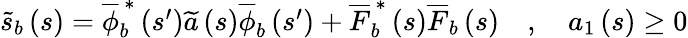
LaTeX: \begin{array}{r}{\widetilde{s}_{b}\left(s\right)=\overline{{\phi}}_{b}^{\, \ast}\left(s^{\prime}\right)\widetilde{a}\left(s\right)\overline{{\phi}}_{b}\left(s^{\prime}\right)+\overline{{F}}_{b}^{\, \ast}\left(s\right)\overline{{F}}_{b}\left(s\right)\quad,\quad a_{1}\left(s\right)\ge 0}\end{array}